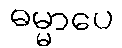
ဓမ္မာပေ